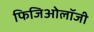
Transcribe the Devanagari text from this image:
फिजिओलॉजी